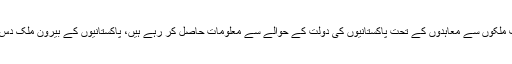
وزیراعظم نے کہا کہ مختلف ملکوں سے معاہدوں کے تحت پاکستانیوں کی دولت کے حوالے سے معلومات حاصل کر رہے ہیں، پاکستانیوں کے بیرون ملک دس ارب ڈالر کے اکائونٹس ہیں۔